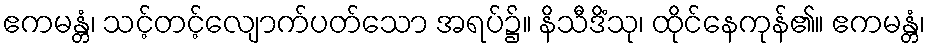
ဧကမန္တံ၊ သင့်တင့်လျောက်ပတ်သော အရပ်၌။ နိသီဒိံသု၊ ထိုင်နေကုန်၏။ ဧကမန္တံ၊